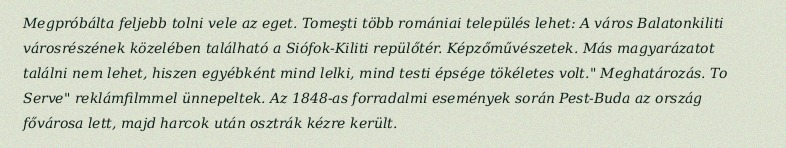
Megpróbálta feljebb tolni vele az eget. Tomeşti több romániai település lehet: A város Balatonkiliti városrészének közelében található a Siófok-Kiliti repülőtér. Képzőművészetek. Más magyarázatot találni nem lehet, hiszen egyébként mind lelki, mind testi épsége tökéletes volt." Meghatározás. To Serve" reklámfilmmel ünnepeltek. Az 1848-as forradalmi események során Pest-Buda az ország fővárosa lett, majd harcok után osztrák kézre került.